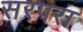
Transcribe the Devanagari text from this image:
सरपरा